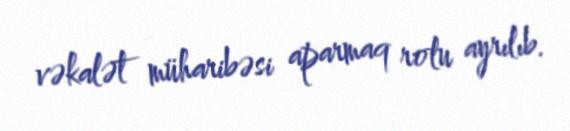
vəkalət müharibəsi aparmaq rolu ayrılıb.